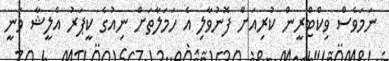
ނަމަވެސް ވިކްޓްރީން ކުރިއަށް ފޮނުވާލި އެ ހަމަލާތަށް ނިއުގެ ކީޕަރު އެލީޝާ ވަނީ